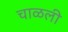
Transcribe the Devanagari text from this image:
चाळली